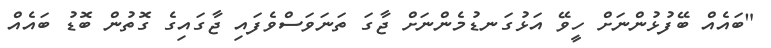
"ބައެއް ބޭފުޅުންނަށް ހީވޭ އަޅުގަނޑުމެންނަށް ޖާގަ ތަނަވަސްވެފައި ޖާގައިގެ ގޮތުން ބޮޑު ބައެއް